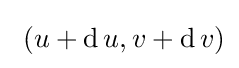
\ (u+\operatorname {d} u,v+\operatorname {d} v)